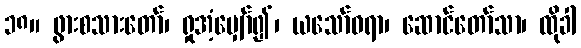
၁၈။ ဖွားစသားတော်၊ ရှုအံ့မျှော်၍၊ ယသော်ဓရာ၊ ဆောင်တော်သာ၊ ထိုခါ